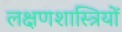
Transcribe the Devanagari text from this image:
लक्षणशास्त्रियों